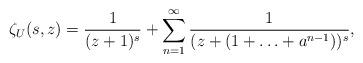
LaTeX: \begin{align*} \zeta_U(s,z)=\frac{1}{(z+1)^s}+\sum_{n=1}^{\infty}\frac{1}{(z+(1+\ldots + a^{n-1}))^s},\end{align*}